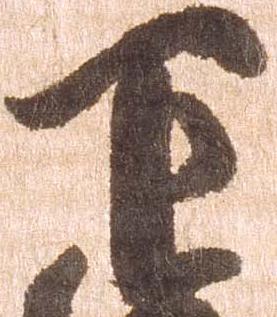
下